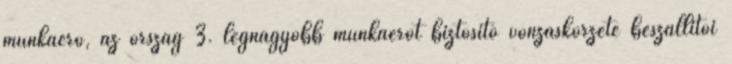
munkaerő, az ország 3. legnagyobb munkaerőt biztosító vonzáskörzete beszállítói